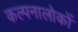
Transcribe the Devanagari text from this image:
कल्पनालोकों